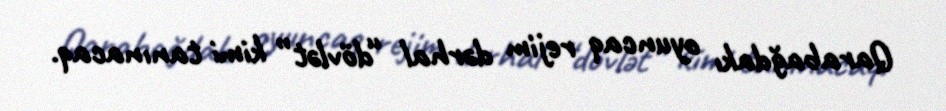
Qarabağdakı oyuncaq rejim dərhal “dövlət” kimi tanınacaq.